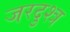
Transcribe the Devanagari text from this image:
जरदुश्त्र